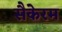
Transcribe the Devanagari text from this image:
सैकेरम